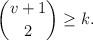
LaTeX: \begin{align*}\binom{v+1}{2}\geq k.\end{align*}